Annual report of the Civil Veterinary Department, Bengal, for the year 1897-98 - 1897-1898
Year: 1897
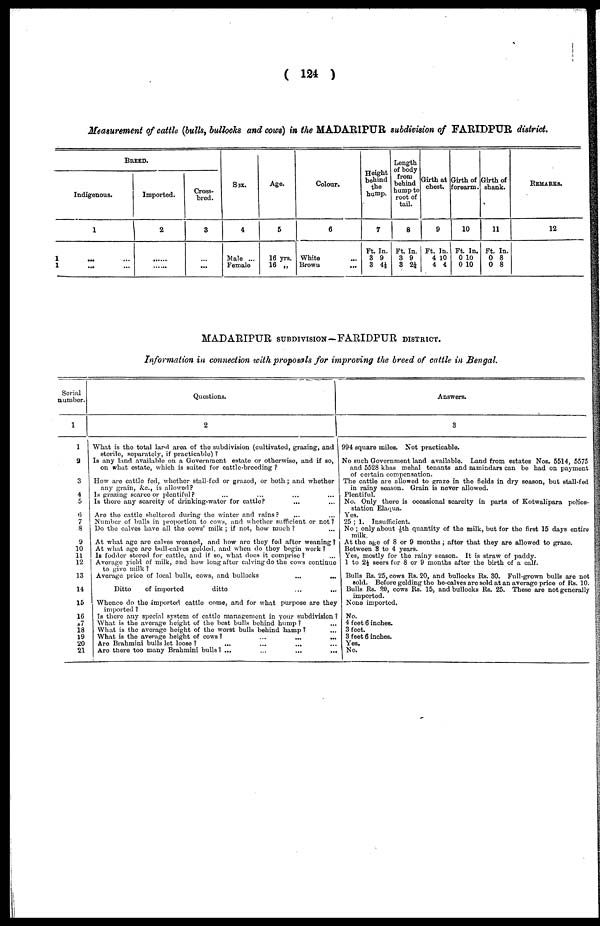
(124)
Measurement of cattle (bulls, bullocks and cows) in the MADARIPUR subdivision of FARIDPUR district.
BREED.
Indigenous.
1
1 ... ...
1 ... ...
Imported.
2
......
......
Cross-
bred.
3
...
...
Sex.
4
Male ...
Female
Age.
5
16 yrs.
16 „
Colour.
6
White ...
Browu ...
Height
behind
the
hump.
7
Ft. In.
3 9
3 4½
Length
of body
from
behind
hump to
root of
tail.
8
Ft. In.
3 9
3 21/4
Girth at
chest.
9
Ft. In.
4 10
4 4
Girth of
forearm.
10
Ft. In.
0 10
0 10
Girth of
shank.
11
Ft. In.
0 8
0 8
REMARKS.
12
MADARIPUR SUBDIVISON-FARIDPUR DISTRICT.
Information in connection with proposals for improving the breed of cattle in Bengal.
Serial
number.
1
1
2
3
4
5
6
7
8
9
10
11
12
13
14
15
16
17
18
19
20
21
Questions.
2
What is the total land area of the subdivision (cultivated, grazing, and
sterile, separately, if practicable)?
Is any land available on a Government estate or otherwise, and if so,
on what estate, which is suited for cattle-breeding?
How are cattle fed, whether stall-fed or grazed, or both; and whether
any grain, &c., is allowed?
Is grazing scarce or plentiful? ... ... ...
Is there any scarcity of drinking-water for cattle? ...
Are the cattle sheltered during the winter and rains? ...
Number of bulls in proportion to cows, and whether sufficient or not?
Do the calves have all the cows' milk; if not, how much? ...
At what age are calves weaned, and how are they fed after weaning?
At what age are bull-calves gelded, and when do they begin work?
Is fodder stored for cattle, and if so, what does it comprise? ...
Average yield of milk, and how long after calving do the cows continue
to give milk?
Average price of local bulls, cows, and bullocks
...
...
Ditto
of imported
ditto ... ...
Whence do the imported cattle come, and for what purpose are they
imported?
Is there any special system of cattle management in your subdivision?
What is the average height of the best bulls behind hump? ...
What is the average height of the worst bulls behind hamp? ...
What is the average height of cows?
...
...
...
Are Brahmini bulls let loose? ... ... ... ...
Are there too many Brahmini bulls? ... ... ... ...
Answers.
3
994 square miles. Not practicable.
No such Government land available. Land from estates Nos. 5514, 5575
and 5528 khas mehal tenants and zamindars can be had on payment
of certain compensation.
The cattle are allowed to graze in the fields in dry season, but stall-fed
in rainy season. Grain is never allowed.
Plentiful.
No. Only there is occasional scarcity in parts of Kotwalipara police-
station Elaqua.
Yes.
25;1.
Insufficient.
No; only about 1/5th quantity of the milk, but for the first 15 days entire
milk.
At the age of 8 or 9 months; after that they are allowed to graze.
Between 3 to 4 years.
Yes, mostly for the rainy season. It is straw of paddy.
1 to 2½ seers for 8 or 9 months after the birth of a calf.
Bulls Rs. 25, cows Rs. 20, and bullocks Rs. 30. Full-grown bulls are not
sold. Before golding the he-calves are sold at an average price of Rs. 10.
Bulls Rs. 20, cows Rs. 15, and bullocks Rs. 25. These are not generally
imported.
None imported.
No.
4 feet 6 inches.
3 feet.
3 feet 6 inches.
Yes.
No.